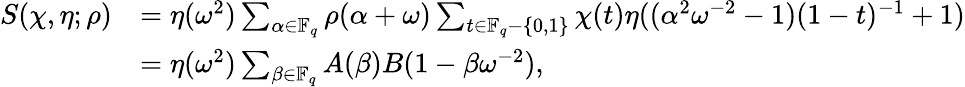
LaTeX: \begin{array}{rl}{S(\chi,\eta;\rho)}&{=\eta(\omega^{2})\sum_{\alpha\in\mathbb{F}_{q}}\rho(\alpha+\omega)\sum_{t\in\mathbb{F}_{q}-\{ 0,1\} }\chi(t)\eta((\alpha^{2}\omega^{-2}-1)(1-t)^{-1}+1)}\\ &{=\eta(\omega^{2})\sum_{\beta\in\mathbb{F}_{q}}A(\beta)B(1-\beta\omega^{-2}),}\end{array}